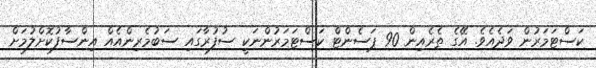
ކަސްޓަމަރުން ވަދެއެވެ. އޭގެ ތެރެއިން 90 ޕަސެންޓް ކަސްޓަމަރުންނަކީ ސުފުރާގައި ސަބުމެރިންއެއް އިންސާފުކޮށްލުމަށް